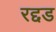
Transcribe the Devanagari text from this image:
रद्दड